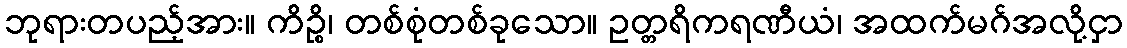
ဘုရားတပည့်အား။ ကိဉ္စိ၊ တစ်စုံတစ်ခုသော။ ဥတ္တရိကရဏီယံ၊ အထက်မဂ်အလို့ငှာ